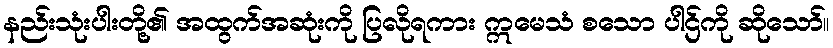
နည်းသုံးပါးတို့၏ အထွက်အဆုံးကို ပြလိုရကား ဣမေသံ စသော ပါဌ်ကို ဆိုသော်။